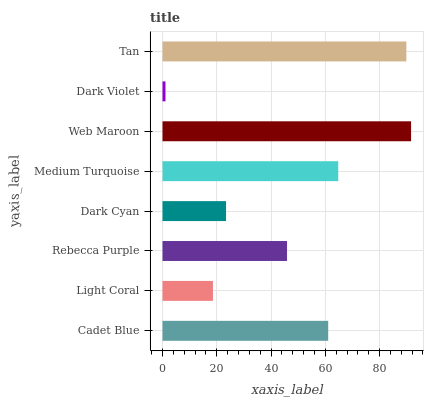
| yaxis_label | bars |
 | --- | --- |
 | Cadet Blue | 61.1 |
 | Light Coral | 18.6 |
 | Rebecca Purple | 45.9 |
 | Dark Cyan | 23.4 |
 | Medium Turquoise | 64.8 |
 | Web Maroon | 91.6 |
 | Dark Violet | 1.1 |
 | Tan | 89.9 |